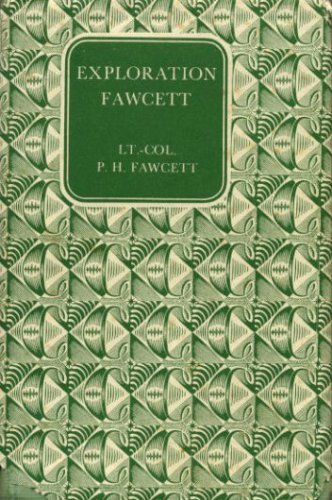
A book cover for Exploration Fawcett: Arranged from his manuscripts, letters, log-books, and records; Percy Harrison Fawcett; Travel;